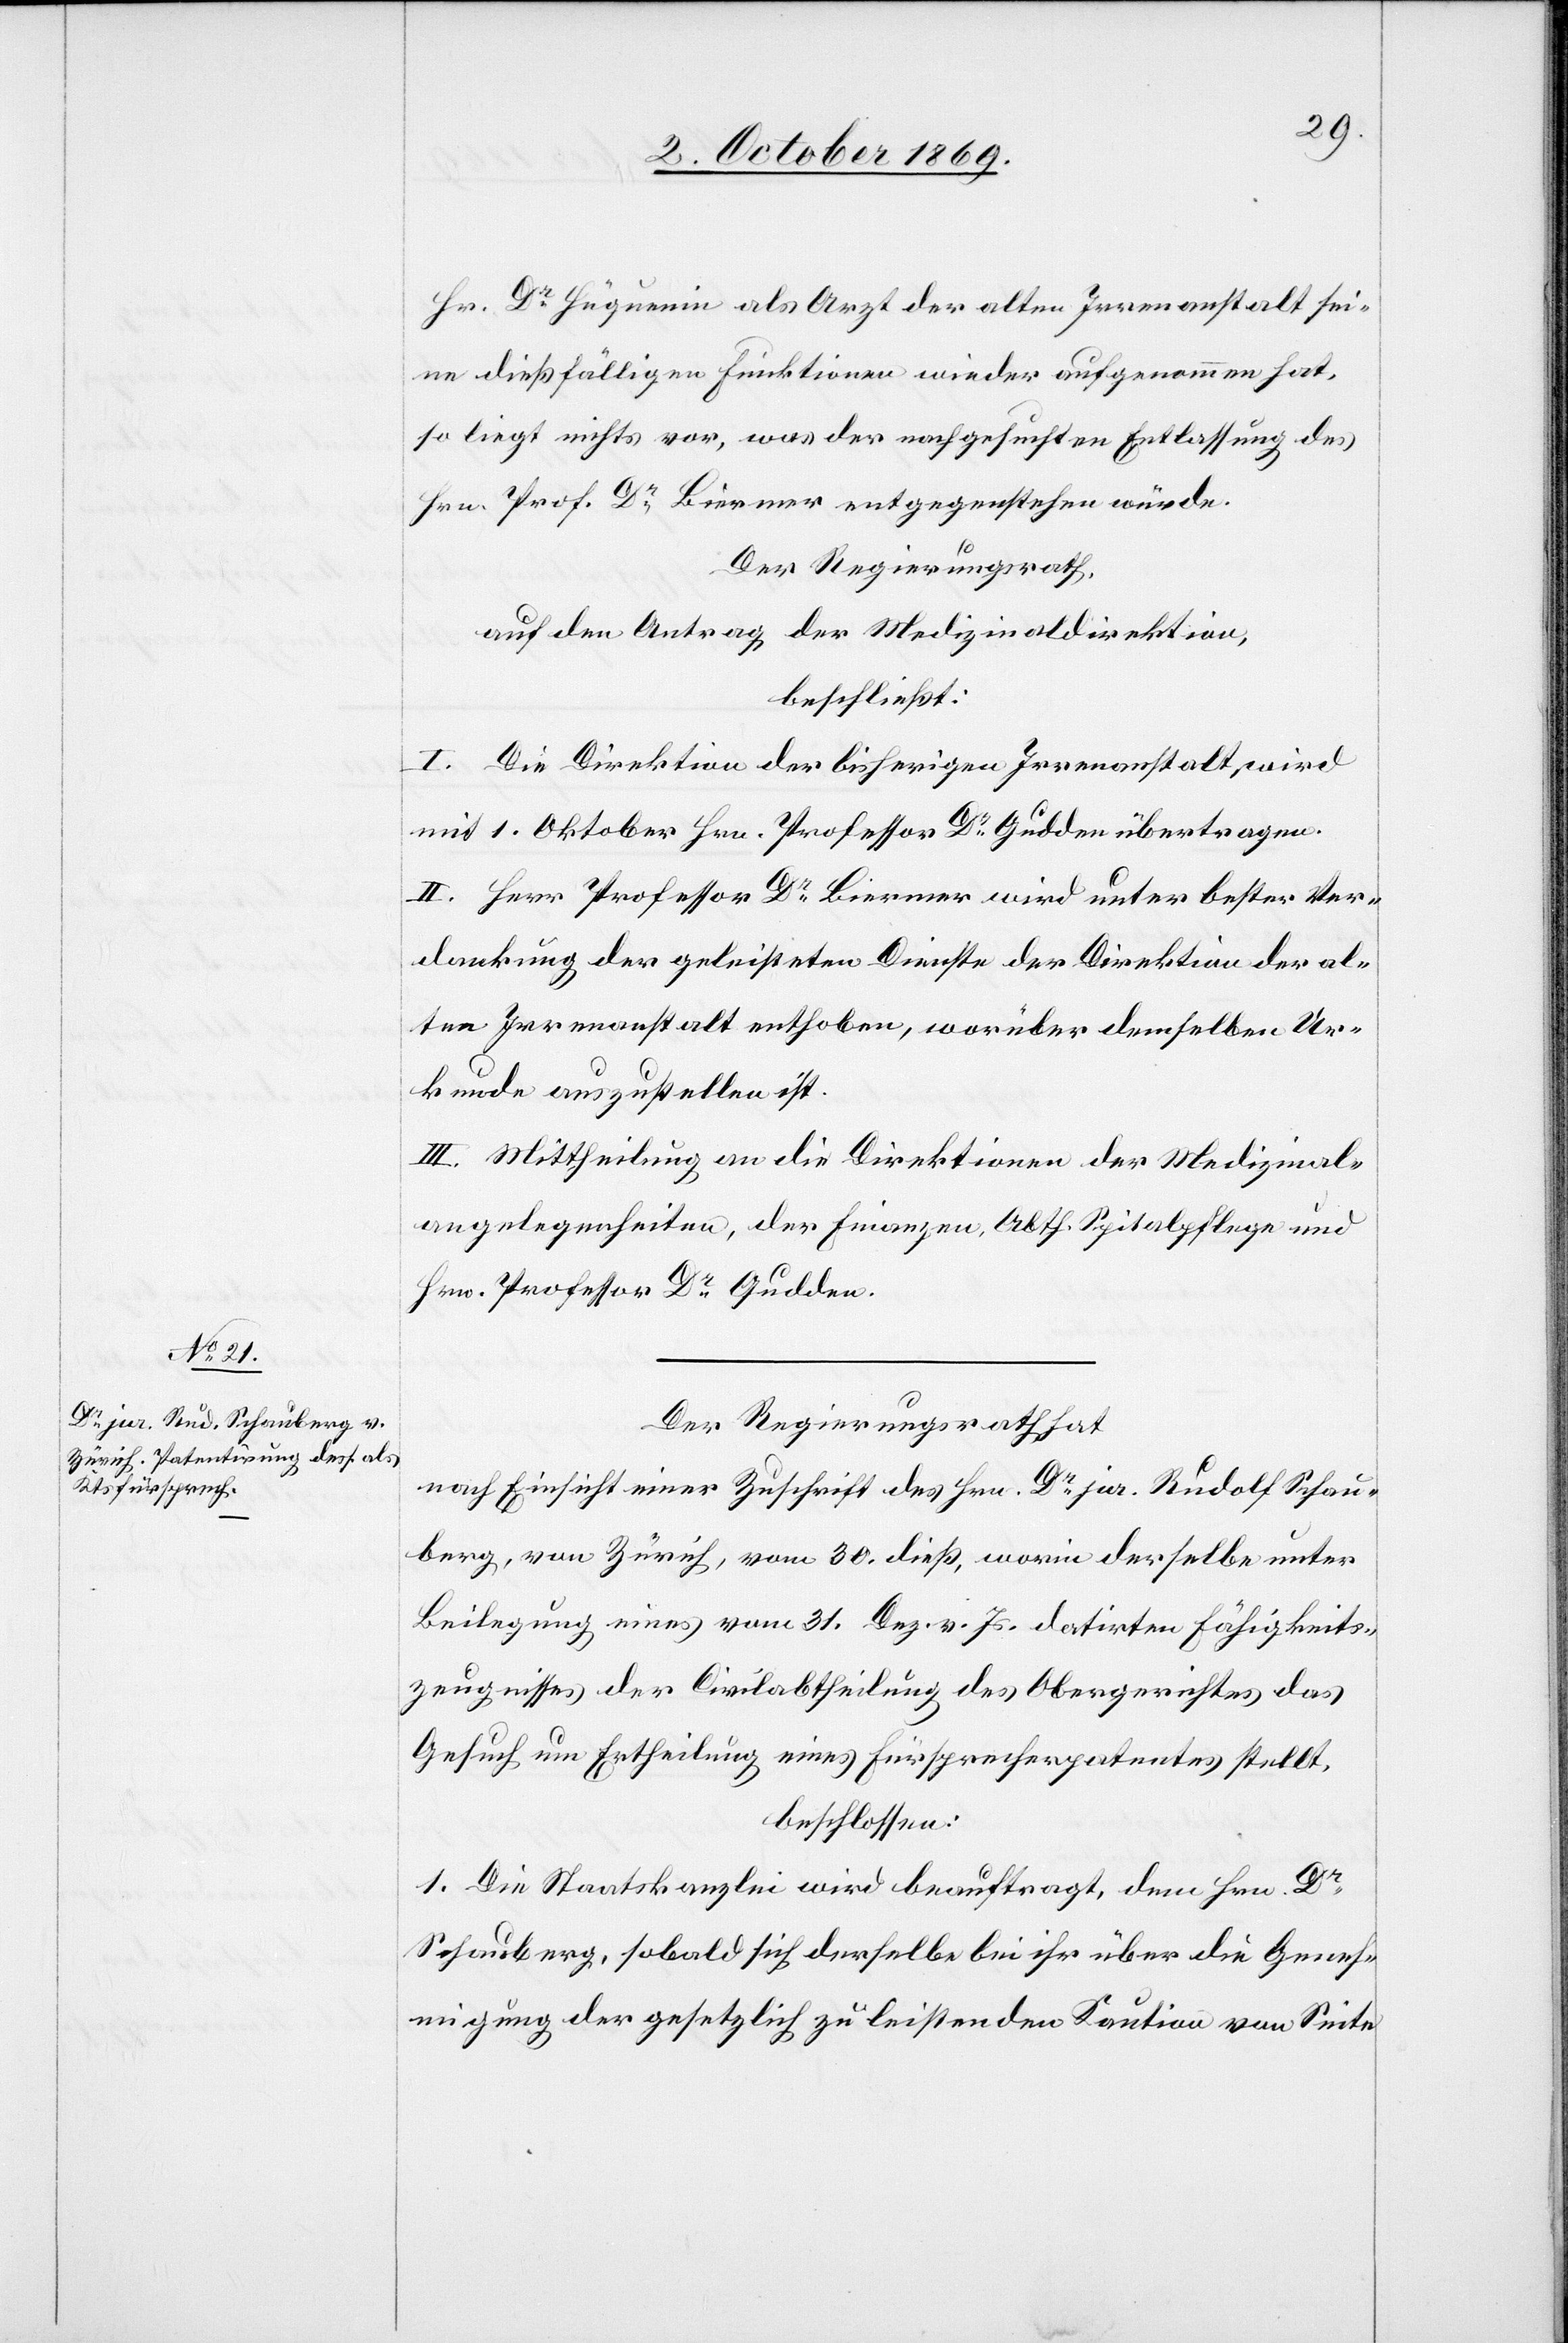
Hr. Dr Hüguenin als Arzt der alten Irrenanstalt sei¬
ne dießfälligen Funktionen wieder aufgenommen hat,
so liegt nichts vor, was der nachgesuchten Entlassung des
Hrn. Prof. Dr Biermer entgegenstehen würde.
Der Regierungsrath,
auf den Antrag der Medizinaldirektion,
beschließt:
I. Die Direktion der bisherigen Irrenanstalt, wird
mit 1. Oktober Hrn. Professor Dr Gudden übertragen.
II. Herr Professor Dr Biermer wird unter bester Ver¬
dankung der geleisteten Dienste der Direktion der al¬
ten Irrenanstalt enthoben, worüber demselben Ur¬
kunde auszustellen ist.
III. Mittheilung an die Direktionen der Medizinal¬
angelegenheiten, der Finanzen, Abth. Spitalpflege und
Hrn. Professor Dr Gudden.
Der Regierungsrath hat
nach Einsicht einer Zuschrift des Hrn. Dr jur. Rudolf Schau¬
berg, von Zürich, vom 30. dieß, worin derselbe unter
Beilegung eines vom 31. Dez. v. Js. datirten Fähigkeits¬
zeugnisses der Civilabtheilung des Obergerichtes das
Gesuch um Ertheilung eines Fürsprecherpatentes stellt,
beschlossen:
1. Die Staatskanzlei wird beauftragt, dem Hrn. Dr
Schauberg, sobald sich derselbe bei ihr über die Geneh¬
migung der gesetzlich zu leistenden Kaution von Seite